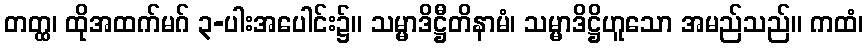
တတ္ထ၊ ထိုအထက်မဂ် ၃-ပါးအပေါင်း၌။ သမ္မာဒိဋ္ဌီတိနာမံ၊ သမ္မာဒိဋ္ဌိဟူသော အမည်သည်။ ကထံ၊